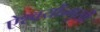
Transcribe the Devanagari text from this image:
ऐश्वर्योन्मुखी